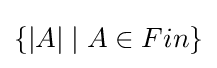
\{|A|\mid A\in Fin\}